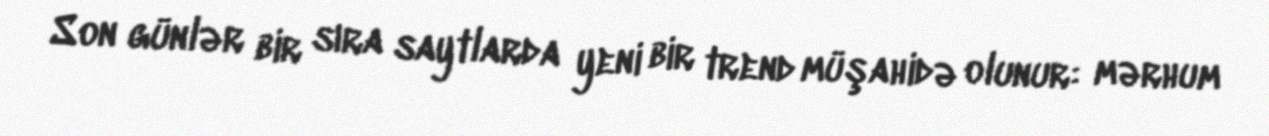
Son günlər bir sıra saytlarda yeni bir trend müşahidə olunur: mərhum